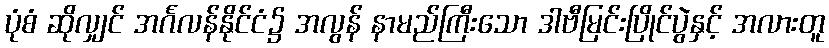
ပုံစံ ဆိုလျှင် အင်္ဂလန်နိုင်ငံ၌ အလွန် နာမည်ကြီးသော ဒါဗီမြင်းပြိုင်ပွဲနှင့် အလားတူ